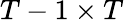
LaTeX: T-1\times T